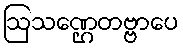
ဩသဏ္ဌေတဗ္ဗာပေ